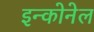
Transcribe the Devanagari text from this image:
इन्कोनेल